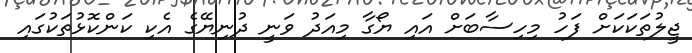
ޖީލުތަކަކަށް ފަހު މިހިސާބަށް އައި ޔޯގާ މިއަދު ވަނީ ދުނިޔޭގެ އެކި ކަންކޮޅުތަކުގައި